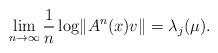
LaTeX: \begin{align*} \lim_{n\to \infty} \frac 1 n \log \lVert A^n(x)v\rVert =\lambda_j(\mu).\end{align*}